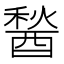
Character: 醔